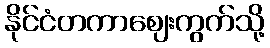
နိုင်ငံတကာဈေးကွက်သို့